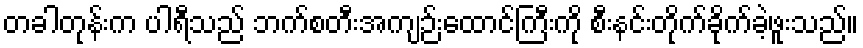
တခါတုန်းက ပါရီသည် ဘက်စတီးအကျဉ်းထောင်ကြီးကို စီးနင်းတိုက်ခိုက်ခဲ့ဖူးသည်။